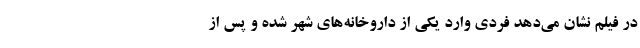
در فیلم نشان می‌دهد فردی وارد یکی از داروخانه‌های شهر شده و پس از